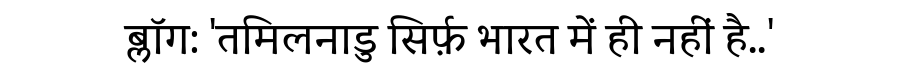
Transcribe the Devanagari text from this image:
ब्लॉग: 'तमिलनाडु सिर्फ़ भारत में ही नहीं है..'